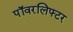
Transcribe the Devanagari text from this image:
पॉवरलिफ्टर